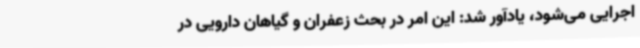
اجرایی می‌شود، یادآور شد: این امر در بحث زعفران و گیاهان دارویی در